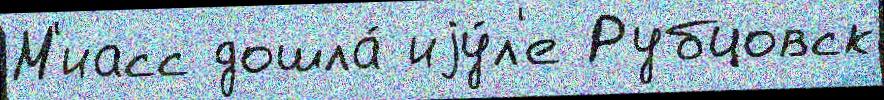
М'иасс дошла́ иjу́л'е Рубцовск